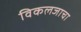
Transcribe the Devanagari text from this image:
विकलजाचा